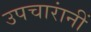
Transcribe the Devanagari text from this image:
उपचारांनीं